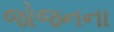
જોજનના